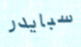
سبايدر